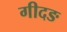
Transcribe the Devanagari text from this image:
गीदङ